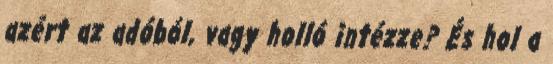
azért az adóból, vagy holló intézze? És hol a